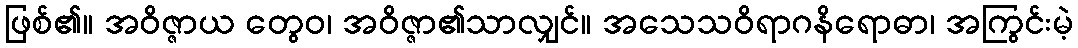
ဖြစ်၏။ အဝိဇ္ဇာယ တွေဝ၊ အဝိဇ္ဇာ၏သာလျှင်။ အသေသဝိရာဂနိရောဓာ၊ အကြွင်းမဲ့